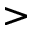
>